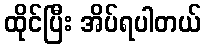
ထိုင်ပြီး အိပ်ရပါတယ်